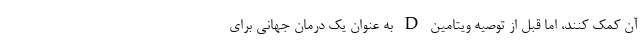
آن کمک کنند، اما قبل از توصیه ویتامین D به عنوان یک درمان جهانی برای